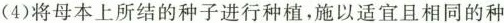
(4)将母本上所结的种子进行种植，施以适宜且相同的种